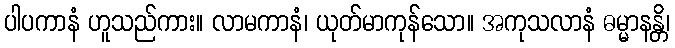
ပါပကာနံ ဟူသည်ကား။ လာမကာနံ၊ ယုတ်မာကုန်သော။ အကုသလာနံ ဓမ္မာနန္တိ၊